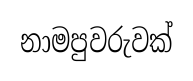
නාමපුවරුවක්